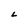
Character: L